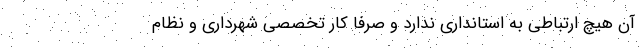
آن هیچ ارتباطی به استانداری ندارد و صرفا کار تخصصی شهرداری و نظام